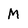
Character: M